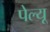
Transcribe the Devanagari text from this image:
पेल्यू